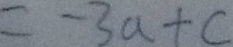
= - 3 a + c